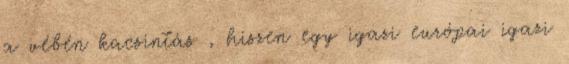
a vébén kacsintás , hiszen egy igazi európai igazi